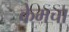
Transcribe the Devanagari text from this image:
केमचा